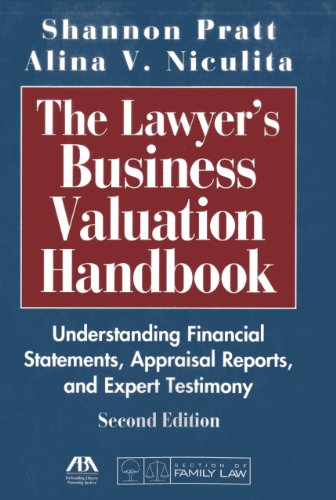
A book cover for The Lawyer's Business Valuation Handbook; Shannon P. Pratt; Law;